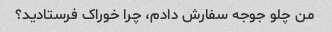
من چلو جوجه سفارش دادم، چرا خوراک فرستادید؟